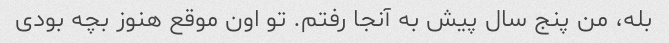
بله، من پنج سال پیش به آنجا رفتم. تو اون موقع هنوز بچه بودی